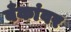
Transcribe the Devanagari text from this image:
बँकांवर